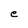
Character: e